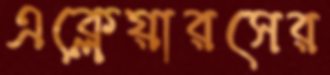
এক্লেয়ারসের